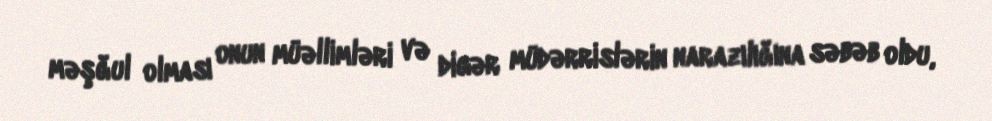
məşğul olması onun müəllimləri və digər müdərrislərin narazılığına səbəb oldu,